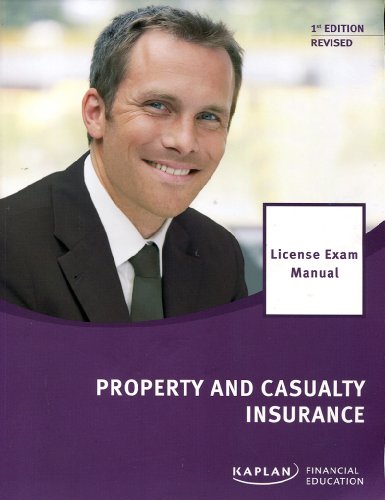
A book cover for PROPERTY+CASUALTY INSURANCE LI; Kaplan Financial Education; Business & Money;